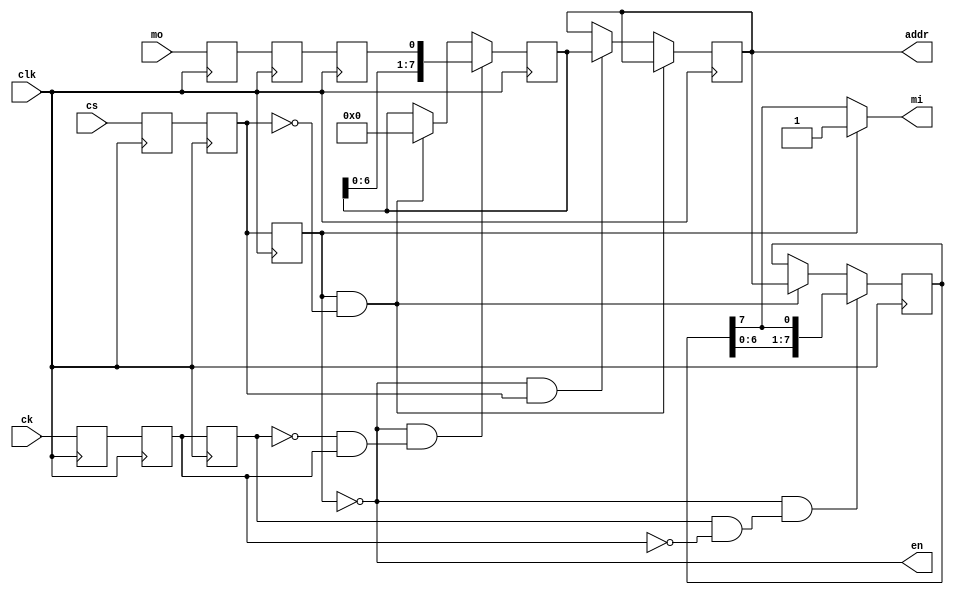
module addr_dev(
		input 		 clk,
		input 		 cs,
		input 		 ck,
		input 		 mo,
		output 		 mi,
		output       en,
		output reg [7:0] addr = 8'h00
		);
	
	assign en = ~cs_sync;

	reg cs_sync_reg0 = 1'b0;
	reg ck_sync_reg0 = 1'b0;
	reg mo_sync_reg0 = 1'b0;
	reg cs_sync_reg1 = 1'b0;
	reg ck_sync_reg1 = 1'b0;
	reg mo_sync_reg1 = 1'b0;
	reg cs_sync_reg2 = 1'b0;
	reg ck_sync_reg2 = 1'b0;
	reg mo_sync_reg2 = 1'b0;
	
	
	wire cs_rise;
	wire cs_fall;
	wire cs_sync;

	wire ck_rise;
	wire ck_fall;
	
	wire mo_sync;
	
	
	reg [7:0] addr_to_line = 8'hAA;
	reg [7:0] addr_from_line = 8'h00;
	
	always @(posedge clk) begin
	
		cs_sync_reg2 <= cs_sync_reg1;
		cs_sync_reg1 <= cs_sync_reg0;
		cs_sync_reg0 <= cs;
		
		ck_sync_reg2 <= ck_sync_reg1;
		ck_sync_reg1 <= ck_sync_reg0;
		ck_sync_reg0 <= ck;

		mo_sync_reg2 <= mo_sync_reg1;
		mo_sync_reg1 <= mo_sync_reg0;
		mo_sync_reg0 <= mo;
		
	end;
	
	
	assign cs_rise  =  ~cs_sync_reg2 && cs_sync_reg1;
	assign cs_fall  =  cs_sync_reg2 &&  ~cs_sync_reg1;
	assign cs_sync  =  cs_sync_reg2;
	
	assign ck_rise  =  ~ck_sync_reg2 && ck_sync_reg1;
	assign ck_fall  =  ck_sync_reg2 &&  ~ck_sync_reg1;
	
	assign mo_sync  =  mo_sync_reg2;
	
	
	always @(posedge clk) begin
	
		if(cs_fall) begin
			addr_to_line   <= addr;
			addr_from_line <= 8'h00;
		end else if(cs_rise) begin
			addr <= addr_from_line;
		end
	
		if(~cs_sync && ck_fall) begin
			addr_to_line <= {addr_to_line[6:0],addr_to_line[7]};
		end
		
		if(~cs_sync && ck_rise) begin		
			addr_from_line <= {addr_from_line[6:0],mo_sync};
		end
	
	end
	
   assign mi = (~cs_sync) ? addr_to_line[7]	 : 1'b1;
		
endmodule